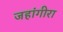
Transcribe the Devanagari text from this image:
जहांगीरा